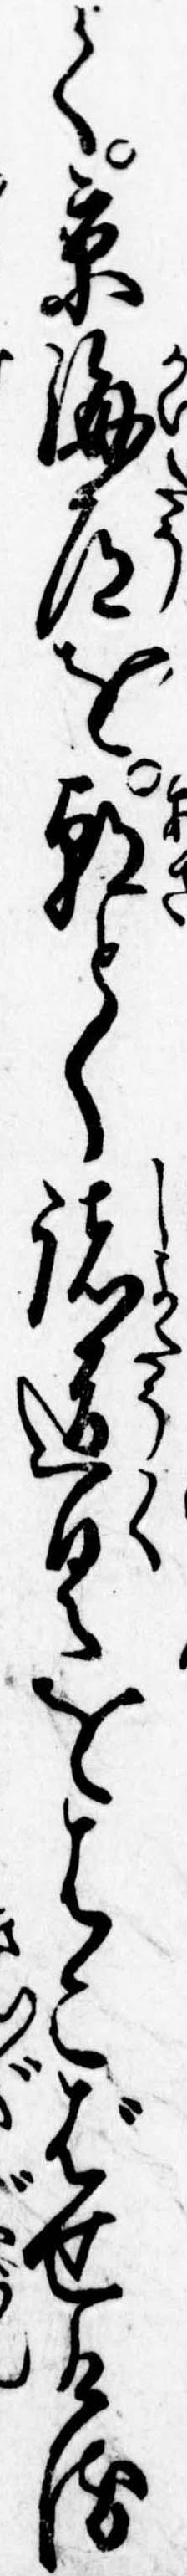
く京海道を朝とく諸道具をはこばせける